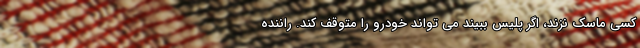
کسی ماسک نزند، اگر پلیس ببیند می تواند خودرو را متوقف کند. راننده